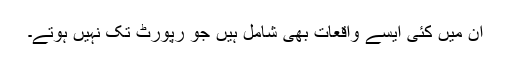
ان میں کئی ایسے واقعات بھی شامل ہیں جو رپورٹ تک نہیں ہوتے۔